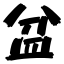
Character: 盆